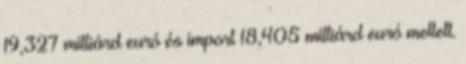
19,327 milliárd euró és import 18,405 milliárd euró mellett.